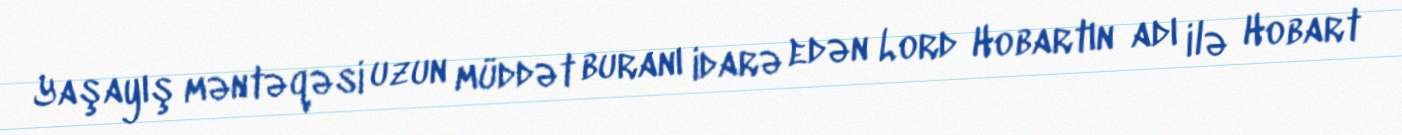
Yaşayış məntəqəsi uzun müddət buranı idarə edən Lord Hobartın adı ilə Hobart